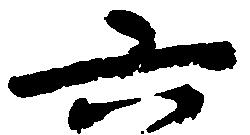
六